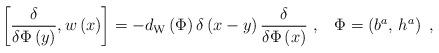
LaTeX: \begin{align*}\left[ \frac \delta {\delta \Phi \left( y\right) },w\left( x\right) \right]=-d_{{\rm W}}\left( \Phi \right) \delta \left( x-y\right) \frac \delta{\delta \Phi \left( x\right) }\,\,,\;\;\;\Phi =\left( b^a,\,h^a\right) \,\,,\end{align*}